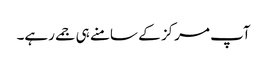
آپ مرکز کے سامنے ہی جمے رہے۔